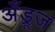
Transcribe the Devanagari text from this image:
अँड्रूज